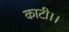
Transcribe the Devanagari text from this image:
काटी।।